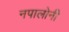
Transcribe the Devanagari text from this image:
नपालोनी